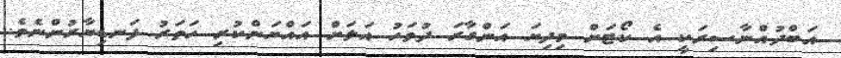
އަބްދުއްނާސިރަކީ އެ ކޯޓަށް މިދިޔަ އަންގާރަ ދުވަހު އަލަށް އައްޔަންކުރި ހަތަރު ފަނޑިޔާރުންނެވެ.